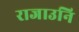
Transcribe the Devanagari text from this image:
राजाउनि